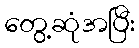
တွေ့ဆုံအပြီး